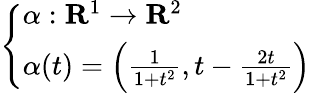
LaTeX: \left\{ \begin{array}{ll}{\alpha:\mathbf{R}^{1}\to\mathbf{R}^{2}}\\ {\alpha(t)=\left({\frac{1}{1+t^{2}}},t-{\frac{2t}{1+t^{2}}}\right)}\end{array}\right.